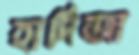
হাদিজা